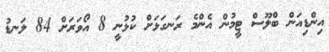
އިންޑިއަން ބްލޫސް ޓީމުން އެންމެ ރަނގަޅަށް ކުޅުނީ 8 އޯވަރަށް 84 ލަނޑު